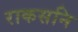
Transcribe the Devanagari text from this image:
राकसनि